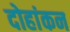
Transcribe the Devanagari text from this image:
दोहांकन